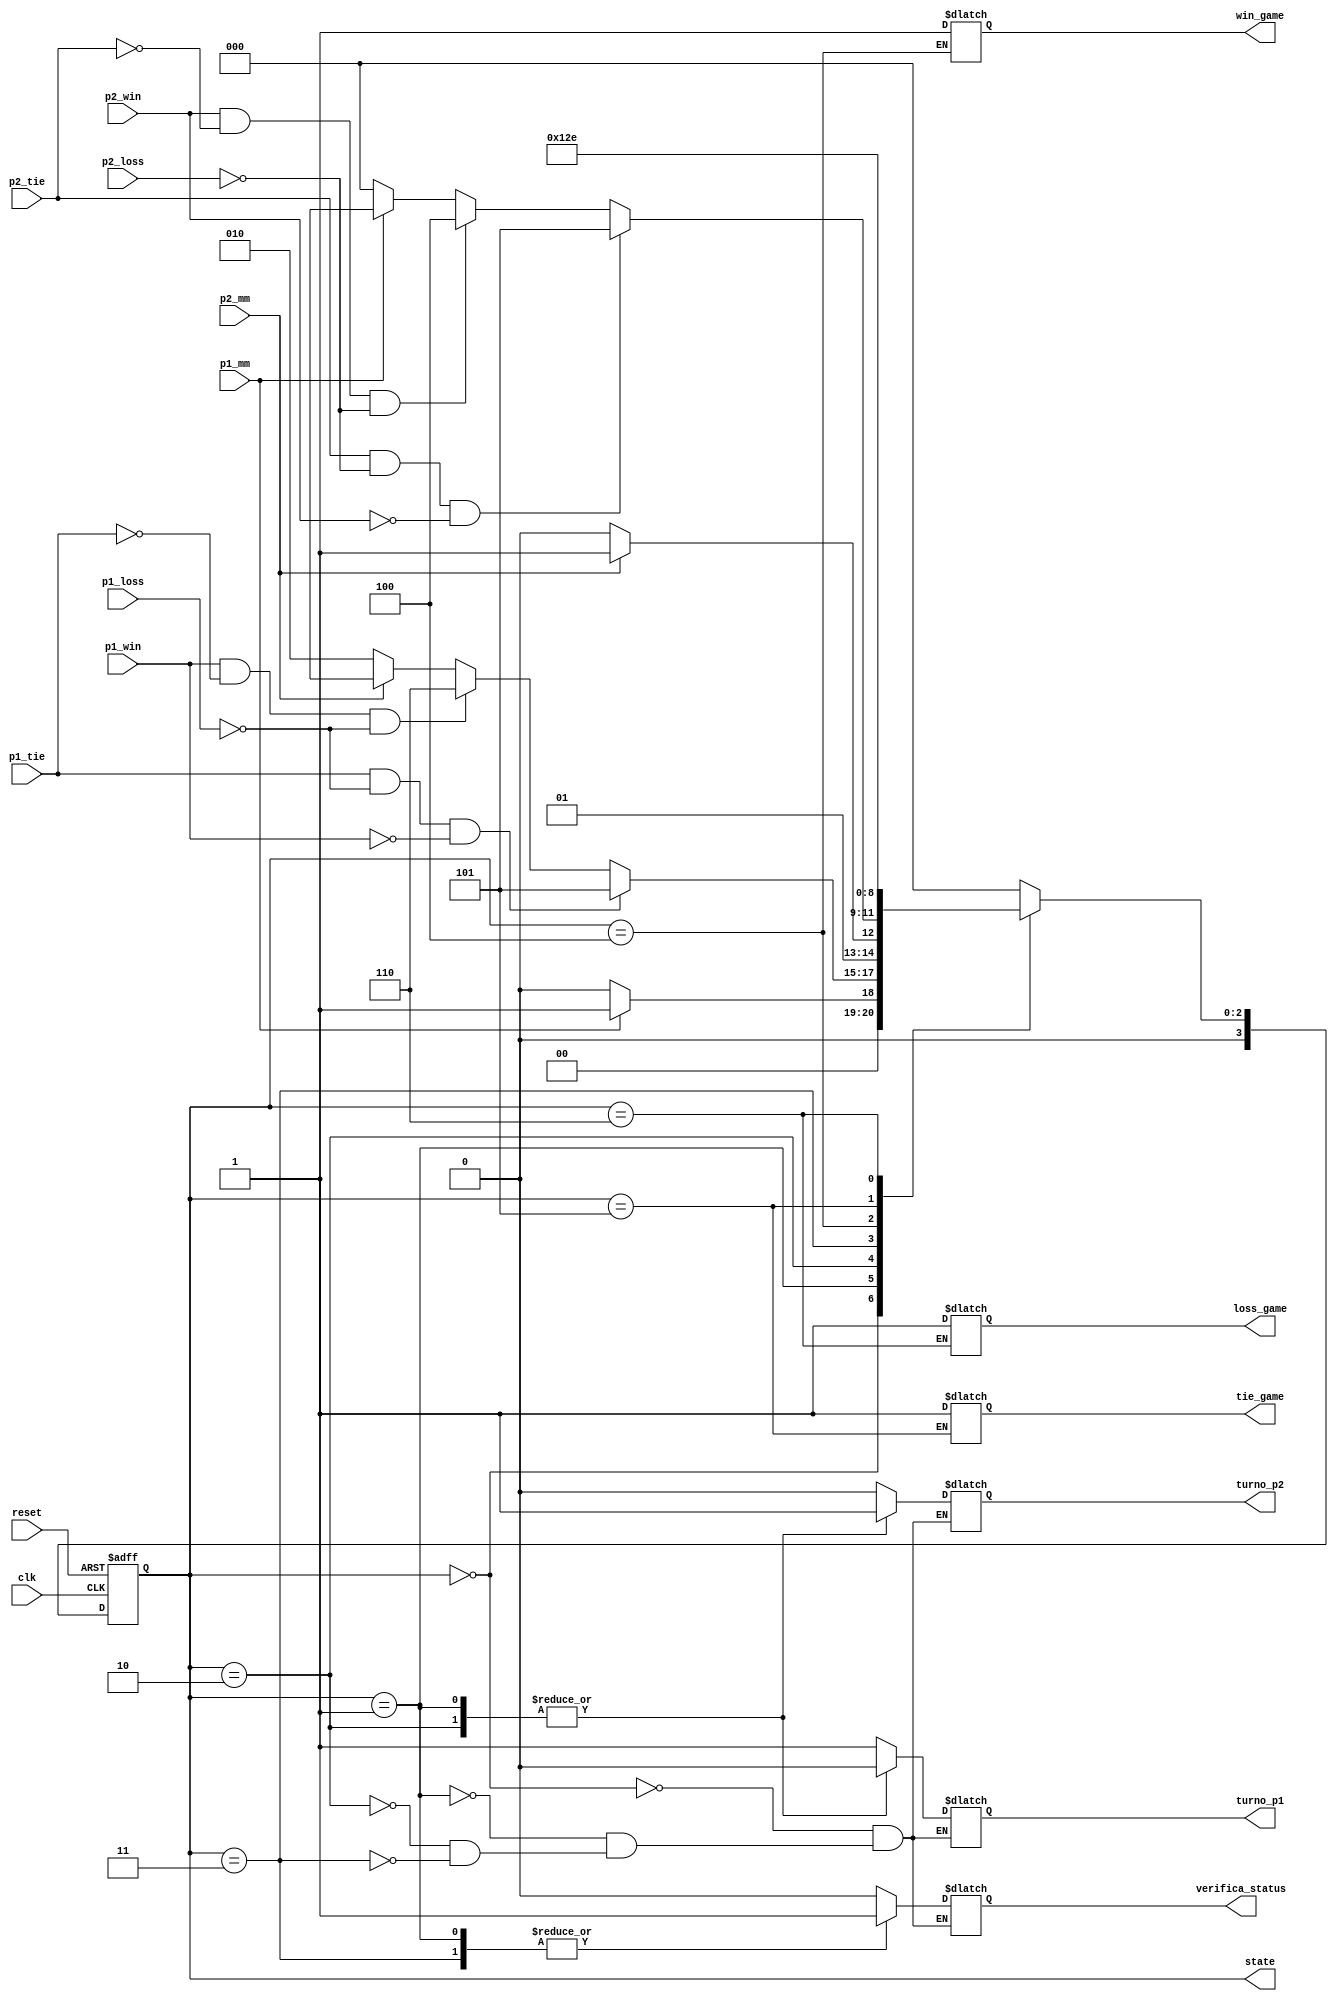
module Gato_FSM(
	clk,
	reset,
	state, 
	
	p1_mm,
	p2_mm,
	
	//entradas que son salidas de la otra maquina de estados
	p1_tie, 
	p1_loss,
	p1_win,
	
	p2_tie, 
	p2_loss,
	p2_win,
	
	//salidas que van hacia a otra maquina de estados
	verifica_status,
	
	turno_p1,
	turno_p2,
	
	win_game,
	loss_game,
	tie_game
	);
	input clk, reset;
	input p1_mm, p2_mm;
	
	input p1_tie, p1_loss, p1_win, p2_tie, p2_loss, p2_win;
	
	output reg turno_p1, turno_p2;
	
	output reg verifica_status;
	
	output reg win_game, loss_game, tie_game;
		
	output [3:0] state;
	reg [3:0] state, nextState;
	
	//Estados de las FSM
	parameter P1_Move = 0;
	parameter P1_Status = 1;
	parameter P2_Move = 2;
	parameter P2_Status = 3;
	parameter Win = 4;
	parameter Tie = 5;
	parameter Loss = 6;
	
	initial turno_p1 <= 1'b1;
	initial turno_p2 <= 1'b0;
	
	//Asignacin sincrona del singuiente estado
	always @(posedge clk or posedge reset)
		begin
		if (reset)
			state <= P1_Move;
		else
			state <= nextState;
		end
	
	//Asignacion asincrona de los estados
	always @(state or p1_mm or p2_mm or p1_win or p1_loss or p1_tie or p2_win or p2_loss or p2_tie)
		begin
		
		nextState = 3'bxxx;
		
		case(state)
			
			P1_Move:
				begin
				verifica_status <= 1'b0;
				turno_p1 <= 1'b1;
				turno_p2 <= 1'b0;
				if (p1_mm == 1'b0)
					nextState = P1_Move;
				else if (p1_mm == 1'b1)
					nextState = P1_Status;
				end
			
			P1_Status:
				begin
				verifica_status <= 1'b1;
				turno_p1 <= 1'b0;
				turno_p2 <= 1'b1;
				if (p1_tie == 1'b1 & p1_loss == 1'b0 & p1_win == 1'b0)
					nextState = Tie;
				else if (p1_win == 1'b1 & p1_tie == 1'b0 & p1_loss == 1'b0)
					nextState = Loss;
				else if (p2_mm == 1'b0)
					nextState = P2_Move;
				end
			
			P2_Move:
				begin
				verifica_status <= 1'b0;
				turno_p1 <= 1'b0;
				turno_p2 <= 1'b1;
				if (p2_mm == 1'b0)
					nextState = P2_Move;
				else if (p2_mm == 1'b1)
					nextState = P2_Status;
				end
			
			P2_Status:
				begin
				verifica_status <= 1'b1;
				turno_p1 <= 1'b1;
				turno_p2 <= 1'b0;
				if (p2_tie == 1'b1 & p2_loss == 1'b0 & p2_win == 1'b0)
					nextState = Tie;
				else if (p2_win == 1'b1 & p2_tie == 1'b0 & p2_loss == 1'b0)
					nextState = Win;
				else if (p1_mm == 1'b0)
					nextState = P1_Move;
				end
				
			Win:
				begin
				win_game <= 1'b1;
				nextState = Win;
				end
				
			Tie:
				begin
				tie_game <= 1'b1;
				nextState = Tie;
				end
				
			Loss:
				begin
				loss_game <= 1'b1;
				nextState = Loss;
				end
			
			default: nextState = P1_Move;
		
		endcase
			
	end
	
endmodule